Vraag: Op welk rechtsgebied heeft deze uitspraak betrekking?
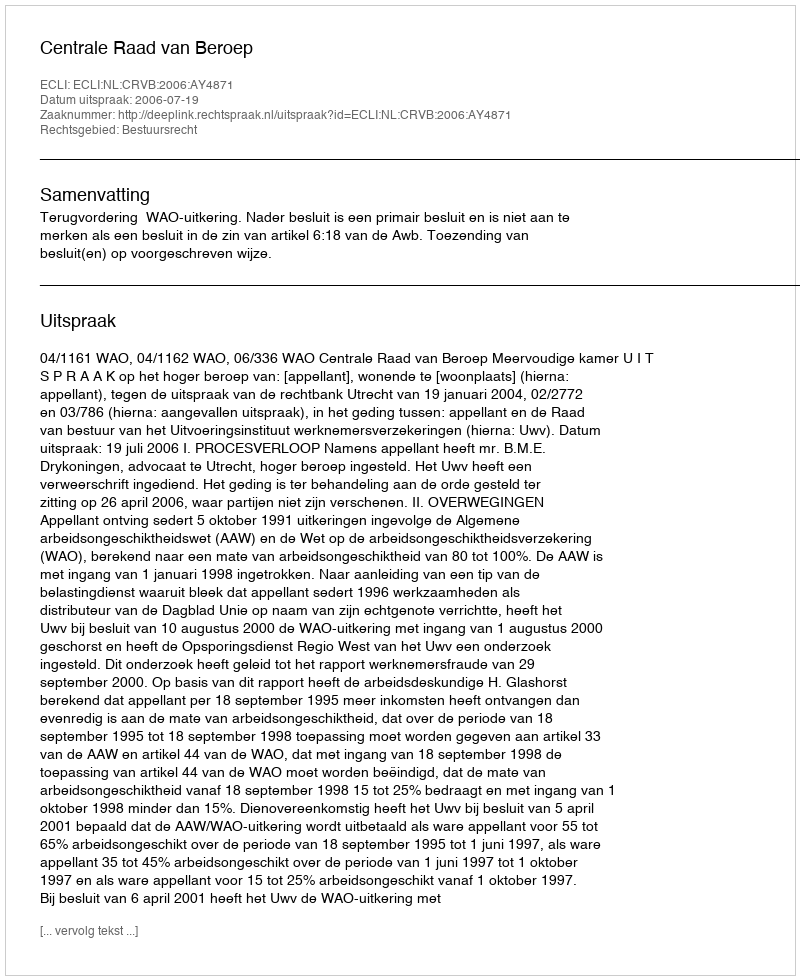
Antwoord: Bestuursrecht